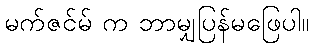
မက်ဇင်မ် က ဘာမျှပြန်မဖြေပါ။